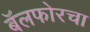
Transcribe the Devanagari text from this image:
बॅलफोरचा